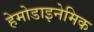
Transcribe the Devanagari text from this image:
हेमोडाइनेमिक